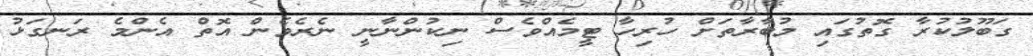
ގަބޫލުކުރާ ގޮތުގައި މުބާރާތަށް ހުރިހާ ޓީމެއްވެސް ނިކުންނާނީ ނެރެވެން އޮތް އެންމެ ރަނގަޅު